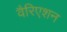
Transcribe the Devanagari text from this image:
वैरिएशन